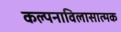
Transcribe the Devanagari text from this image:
कल्पनाविलासात्मक